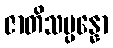
ဇာတိသမ္ပန္နော